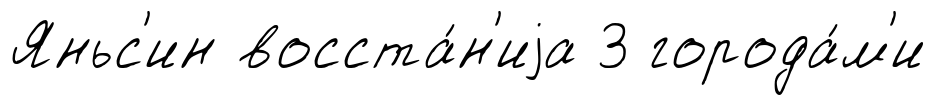
Яньс'ин восста́н'иjа 3 города́м'и